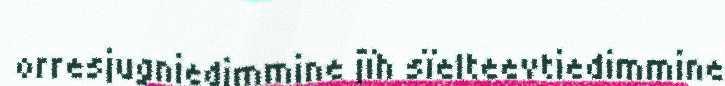
orresjugniedimmine jïh sïelteevtiedimmine